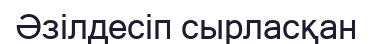
Әзілдесіп сырласқан